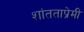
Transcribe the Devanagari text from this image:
शांतताप्रेमी